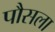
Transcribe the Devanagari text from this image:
पौसला